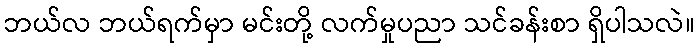
ဘယ်လ ဘယ်ရက်မှာ မင်းတို့ လက်မှုပညာ သင်ခန်းစာ ရှိပါသလဲ။